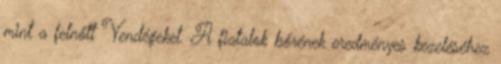
mint a felnőtt Vendégeket. A fiatalok bőrének eredményes kezeléséhez